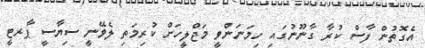
އެގޮތުން ފާސް ކުރާ ގާނޫނުގައި ހިމަނަންވީ މަޖްލީހަށް ކުރިމަތި ލެވޭނީ ސިޔާސީ ޕާރޓީ